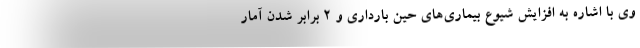
وی با اشاره به افزایش شیوع بیماری‌های حین بارداری و ۲ برابر شدن آمار